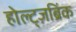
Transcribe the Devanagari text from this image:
होल्ट्ज़ब्रिंक